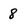
Character: 8